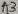
Text: A3